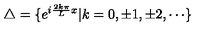
\triangle = \{ e ^ { i \frac { 2 k \pi } L x } | k = 0 , \pm 1 , \pm 2 , \cdots \}